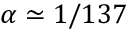
\alpha \simeq 1 / 1 3 7